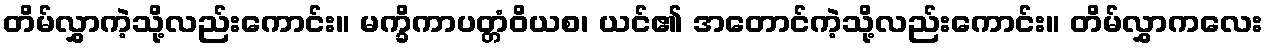
တိမ်လွှာကဲ့သို့လည်းကောင်း။ မက္ခိကာပတ္တံဝိယစ၊ ယင်၏ အတောင်ကဲ့သို့လည်းကောင်း။ တိမ်လွှာကလေး